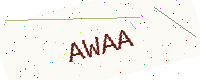
Text: AWAA